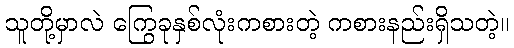
သူတို့မှာလဲ ကြွေခုနှစ်လုံးကစားတဲ့ ကစားနည်းရှိသတဲ့။